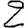
Digit: 2